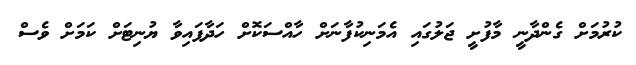
ކުރުމަށް ގެންދާނީ މާފުށީ ޖަލުގައި އެމަނިކުފާނަށް ހާއްސަކޮށް ހަދާފައިވާ ޔުނިޓަށް ކަމަށް ވެސް